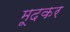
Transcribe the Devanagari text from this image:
मूदकर